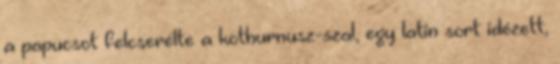
a papucsot felcserélte a kothurnusz-szal, egy latin sort idézett,